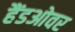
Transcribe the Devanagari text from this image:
हैंडओवर